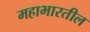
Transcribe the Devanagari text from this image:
महाभारतील